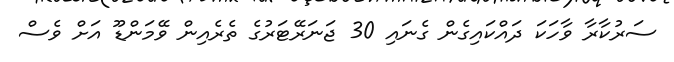
ސަރުކާރާ ވާހަކަ ދައްކައިގެން ގެނައި 30 ޖަނަރޭޓަރުގެ ތެރެއިން ވޭމަންޑޫ އަށް ވެސް